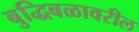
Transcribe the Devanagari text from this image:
बुद्धिबळावरील